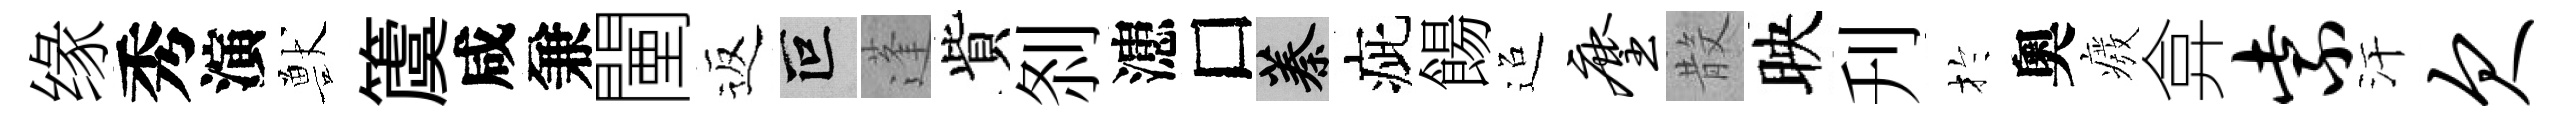
缘秀演獸𥵂咸兼闉返叵蓬貲𠛴漶□蓁疵餳迢麈𣪚映刋扵奧癈弇紫汗欠